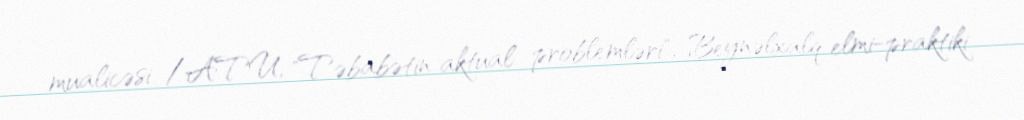
mualicəsi /ATU, "Təbabətin aktual problemləri", Beynəlxalq elmi-praktiki